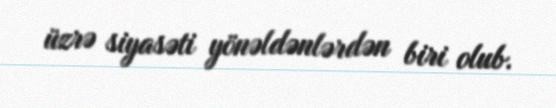
üzrə siyasəti yönəldənlərdən biri olub.